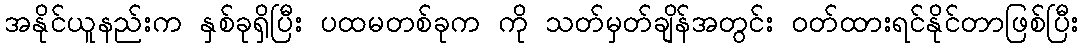
အနိုင်ယူနည်းက နှစ်ခုရှိပြီး ပထမတစ်ခုက ကို သတ်မှတ်ချိန်အတွင်း ဝတ်ထားရင်နိုင်တာဖြစ်ပြီး